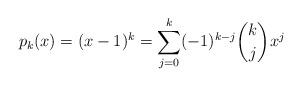
LaTeX: \begin{align*} p_k(x) = (x-1)^k = \sum_{j=0}^k (-1)^{k-j} \binom{k}{j} x^j\end{align*}